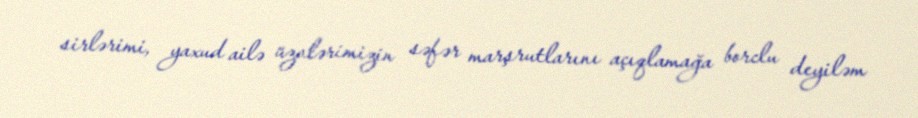
sirlərimi, yaxud ailə üzvlərimizin səfər marşrutlarını açıqlamağa borclu deyiləm